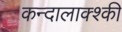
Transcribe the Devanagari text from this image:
कन्दालाक्श्की